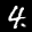
Label: 4